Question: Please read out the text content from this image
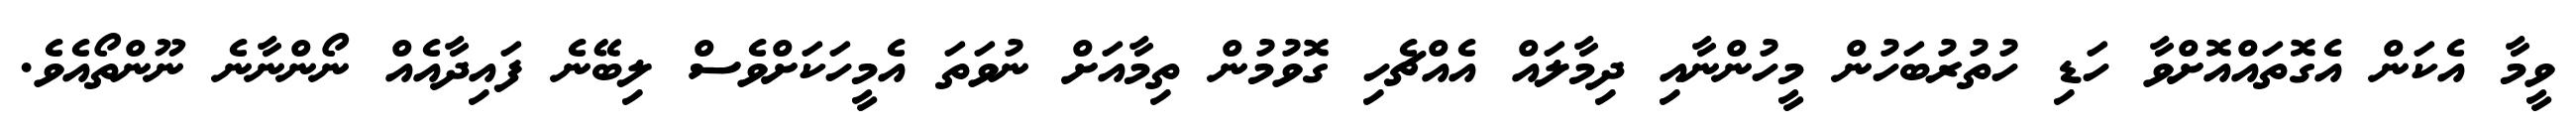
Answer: ވީމާ އެކަން އެގޮތައްއޮށްވާ ހަޑި ހުތުރުބަހުން މީހުންނާއި ދިމާލައް އެއްޗެހި ގޮވުމުން ތިމާއަށް ނުވަތަ އެމީހަކަށްވެސް ލިބޭނެ ފައިދާއެއް ނޯންނާނެ ނޫންތޯއެވެ.